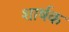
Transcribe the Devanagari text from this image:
शार्षक